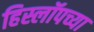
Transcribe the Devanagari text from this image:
हिस्लॉपच्या